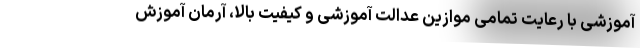
آموزشی با رعایت تمامی موازین عدالت آموزشی و کیفیت بالا، آرمان آموزش